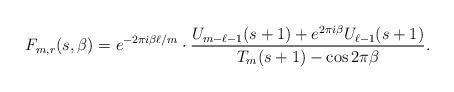
LaTeX: \begin{align*}F_{m,r}(s,\beta)= e^{-2\pi i \beta \ell /m}\cdot \frac{U_{m-\ell-1}(s+1)+e^{2\pi i \beta }U_{\ell-1}(s+1)}{T_{m}(s+1)-\cos2\pi \beta }.\end{align*}